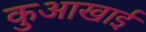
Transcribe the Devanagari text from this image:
कुआखाई